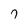
Character: 7